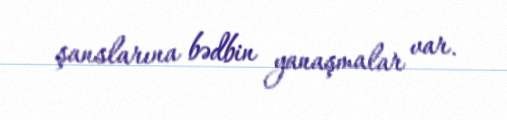
şanslarına bədbin yanaşmalar var.